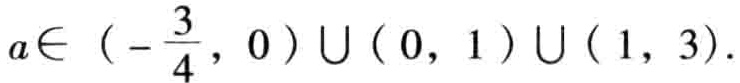
\(a\in \left(-\frac{3}{4},0\right)\cup(0,1)\cup(1,3)\)